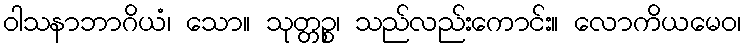
ဝါသနာဘာဂိယံ၊ သော။ သုတ္တဉ္စ၊ သည်လည်းကောင်း။ လောကိယမေဝ၊